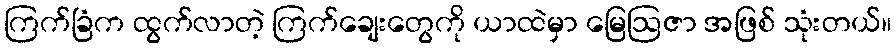
ကြက်ခြံက ထွက်လာတဲ့ ကြက်ချေးတွေကို ယာထဲမှာ မြေဩဇာ အဖြစ် သုံးတယ်။